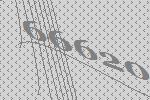
66620